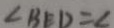
\angle B E D = \angle